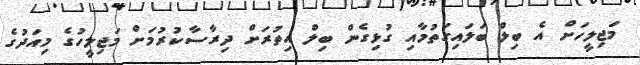
މަޖިލީހަށް އެ ބިލް ބަލައިގަތުމާއި ގުޅިގެން ބިލް އިތުރަށް ދިރާސާކުރުމަށް މަޖިލީހުގެ މިއަދުގެ